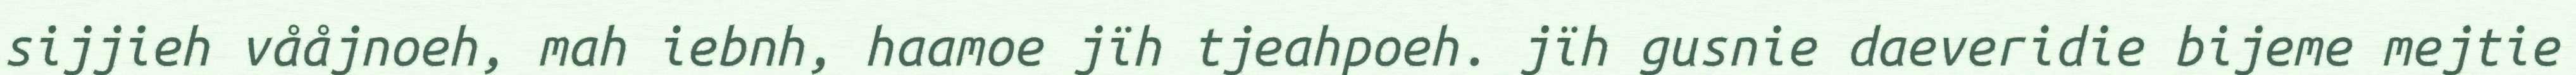
sijjieh vååjnoeh, mah iebnh, haamoe jïh tjeahpoeh. jïh gusnie daeveridie bijeme mejtie